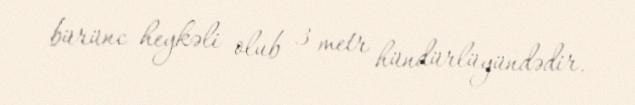
bürünc heykəli olub 3 metr hündürlüyündədir.